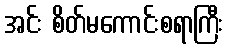
အင်း စိတ်မကောင်းစရာကြီး